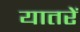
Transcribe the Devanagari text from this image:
यातरें